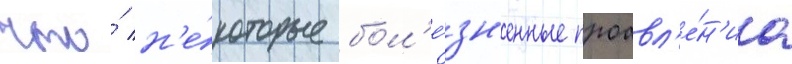
что́ н'е́которые бол'е́зн'енные проавл'е́н'иа